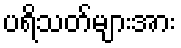
ပရိသတ်များအား